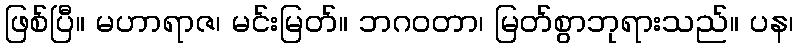
ဖြစ်ပြီ။ မဟာရာဇ၊ မင်းမြတ်။ ဘဂဝတာ၊ မြတ်စွာဘုရားသည်။ ပန၊